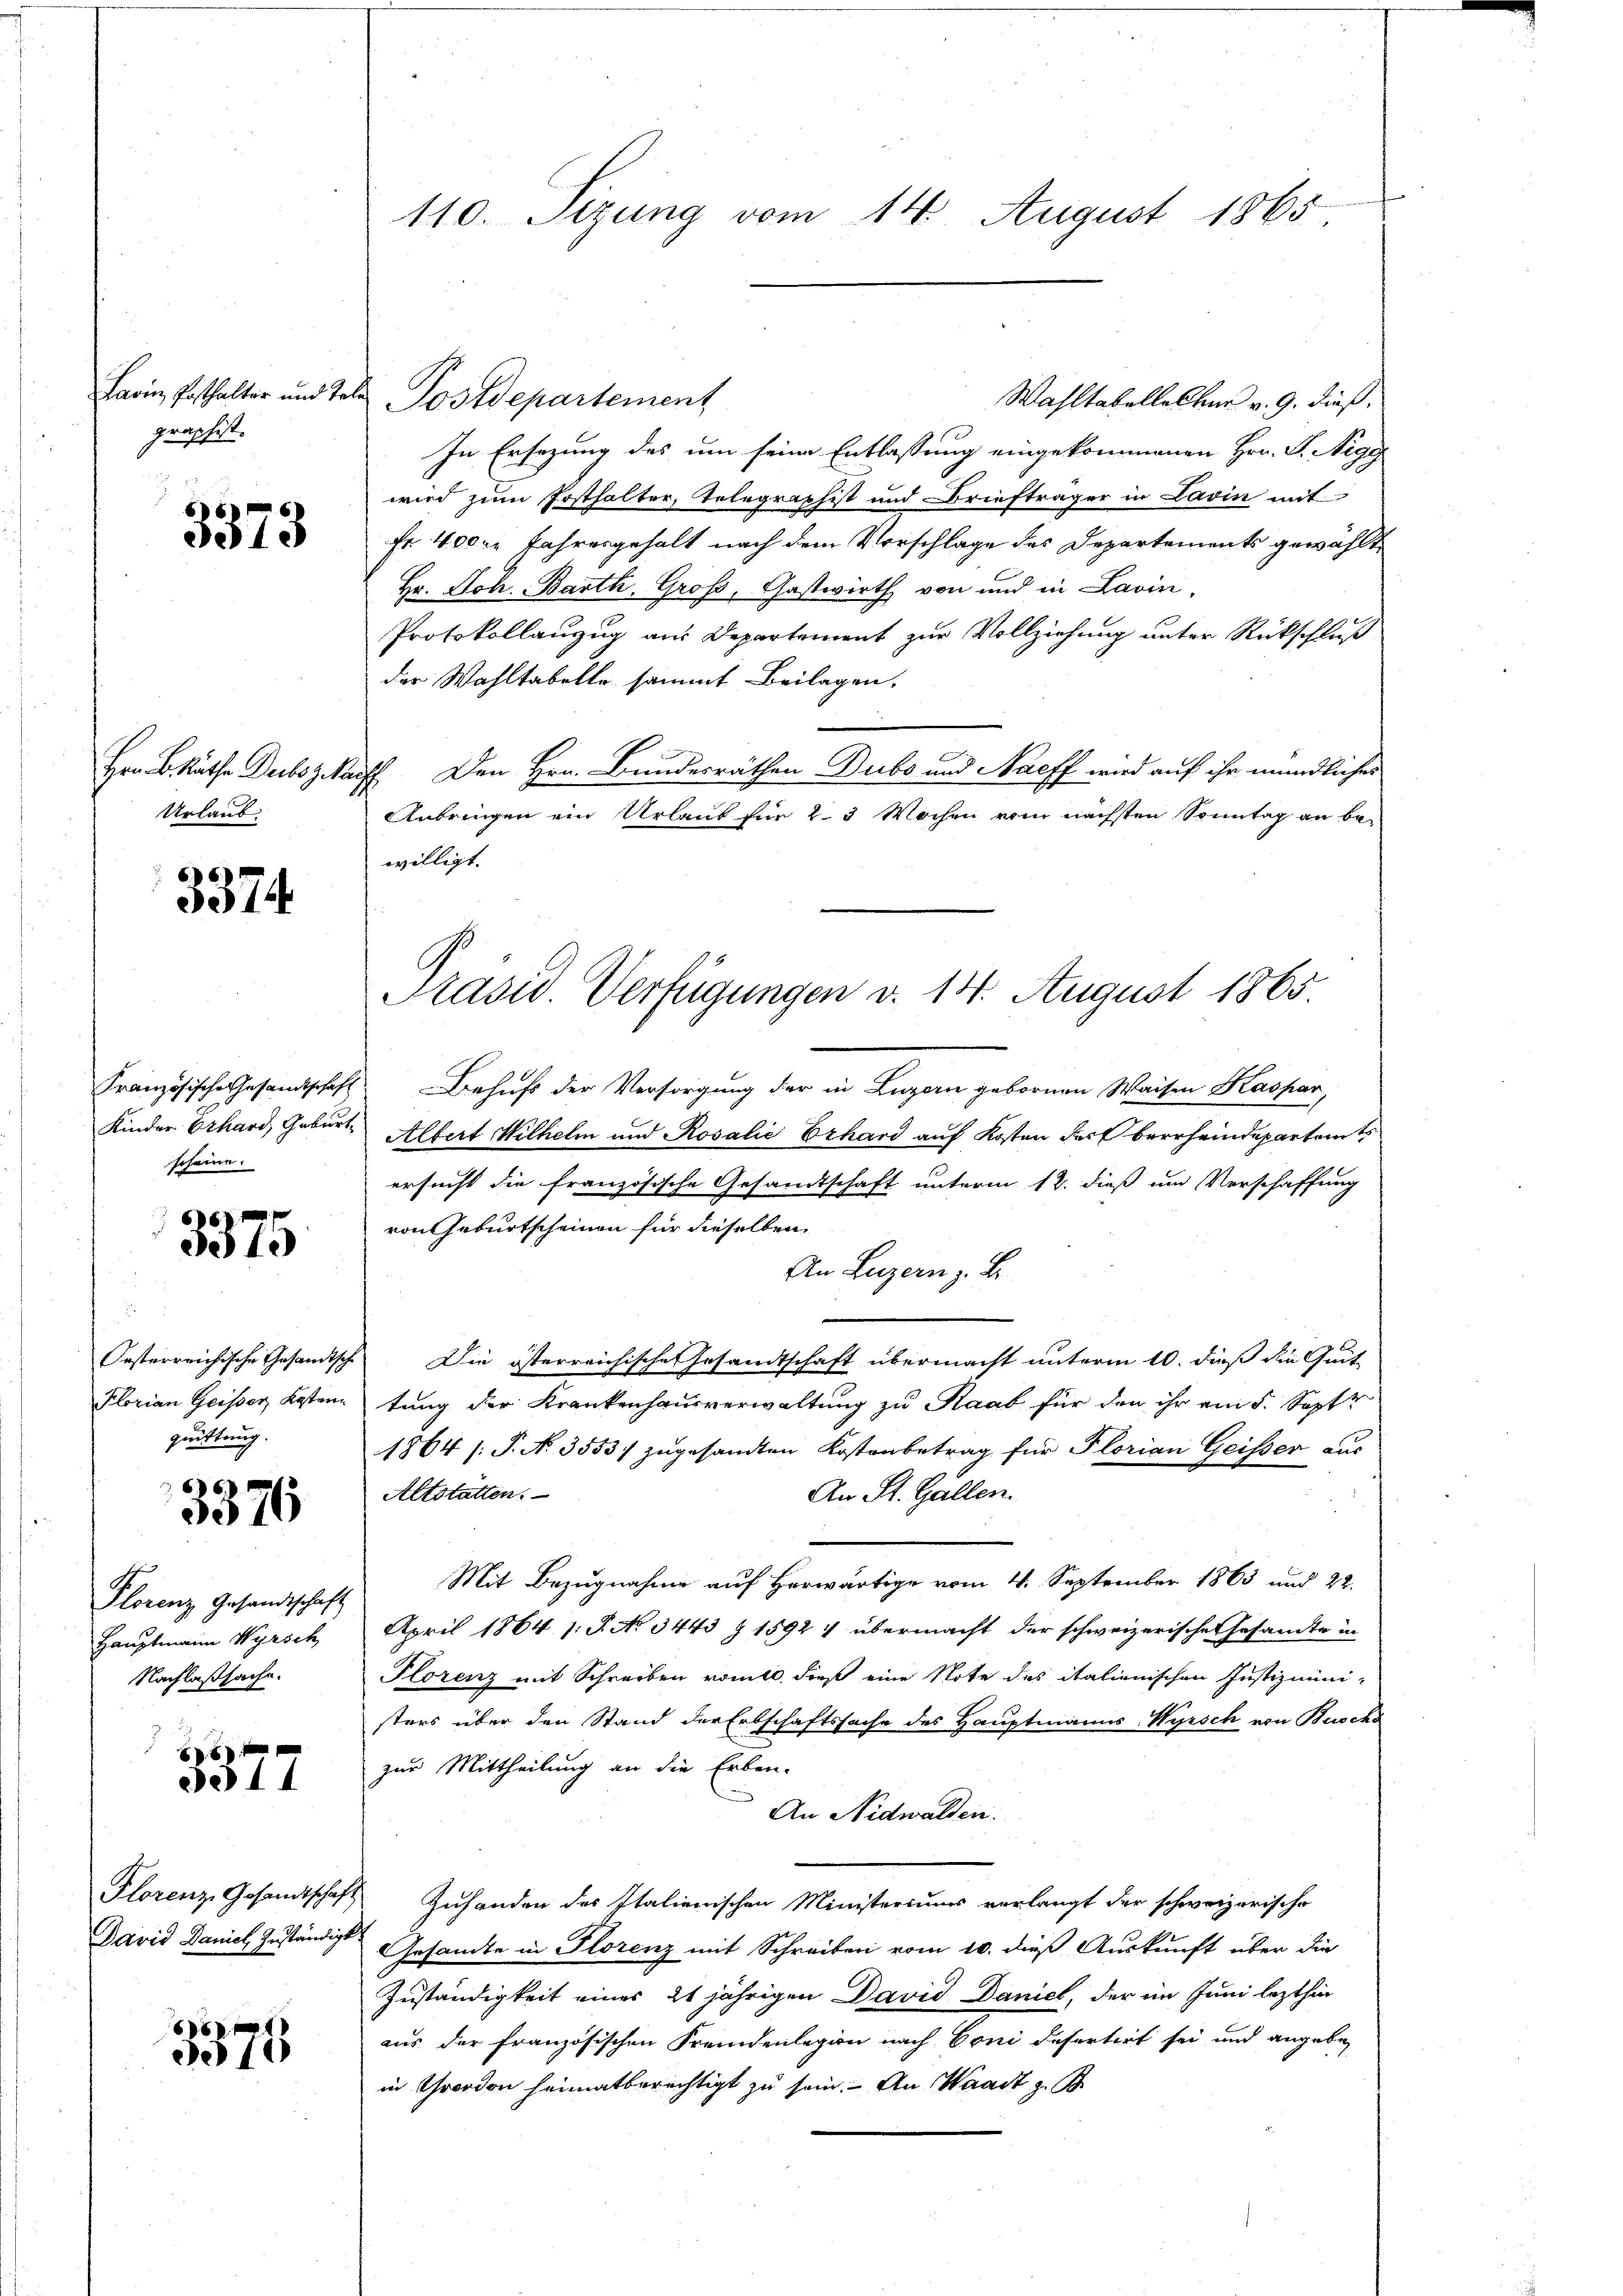
Larin Posthalter und Tele
graphist.

3373

Hrn. B. Räthe Dubs geta
Urlaub

3374.

Kinder Erhard, Geburt
scheine.

3375

Florian Geisser Kosten
quittung.

3376

Plorenz Gesandtschaft
Hauptmann Wyrsch
Nachlaßsache.

da 14

Florenz Gesandtschaf
David Daniel Zuständigt

x
2010

110. Sizung vom 14. August 1865

Wahltabelles her v. 9. dieß,
In Ersezung des um seine Entlassung eingekommenen Hrn. P. Nege
wird zum Posthalter, Telegraphist und Briefträger in Lavin mit
Fr. 4000 Jahresgehalt nach dem Vorschlage des Departements gewählt
Hr. Joh. Barth, Groß, Gastwirth von und in Lavin,
Protokollanzug aus Departement zur Vollziehung unter Rückschluß
der Wahltabelle sammt Beilagen.
E Den Hrn. Bundesräthen Dubs und Naeff wird auf ihr mündliches
Anbringen ein Urlaut für 2. 3 Wochen vom nächsten Sonntag an bewilligt.
Französische Gesandtschaft. Behufs der Versorgung der in Luzern gebornen Waisen Kaspar,
Albert Wilhelm und Rosalie Erhard auf Kosten des Oberrheindepartamts
ersucht die französische Gesandtschaft unterm 12. dieß um Verschaffung
von Geburtscheinen für dieselben
An Luzern z. B.
Oesterreichische Gesandisch Die österreichische Gesandtschaft übermacht unterm 10. dieß die Quit
tung der Krankenhausverwaltung zu Staat für den ihr ain 5. Septe
1864 /: P. N. 3553/ zugesandten Kostenbetrag für Florian Geisser aus
Altstatten.
An St. Gallen.
Mit Bezugnahme auf Horwärtige vom 4. September 1863 und 22.
April 1864 1. P. No 3443 § 1592) übermacht der schweizerische Gesandte in
Plorenz mit Schreiben vomtl. dieß eine Note des italienischen Justizmini-
sters über den Stand der Erbschaftssache des Hauptmanns-Wyrsch von Busch
zur Mittheilung an die Erben-
An Nidwalden.
Zuhanden des Italienischen Ministeriums verlangt der schweizerische
Gesandte in Florenz mit Schreiben vom 10. dieß Auskunft über die
Zuständigkeit eines 21 jährigen David Daniel, der ein Juni lezthin
aus der französischen Fremdenlegion nach Coni defertirt sei und angeben
in Crodon heimatberechtigt zu sein. An Waadt z. B

Postdepartement

Präsid. Verfügungen v. 14. August 1865.